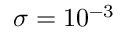
\sigma = 1 0 ^ { - 3 }